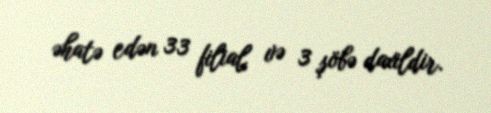
əhatə edən 33 filial və 3 şöbə daxildir.